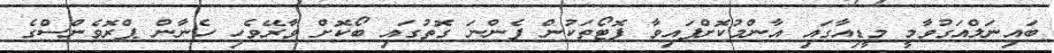
ބައިނަލްއަގުވާމީ މީޑިއާގައި އާންމުކޮށްފައިވާ ފޮޓޯތަކުން ފެންނަ ގޮތުގައި ބޯކޮށް ވާރޭވެހި ހެނާން ޕްރޮވެންސްގެ